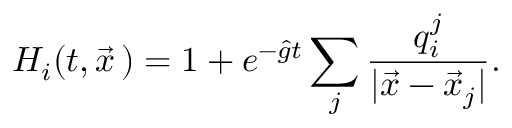
H _ { i } ( t , \vec { x } \, ) = 1 + e ^ { - \hat { g } t } \sum _ { j } { \frac { q _ { i } ^ { j } } { | \vec { x } - \vec { x } _ { j } | } } .